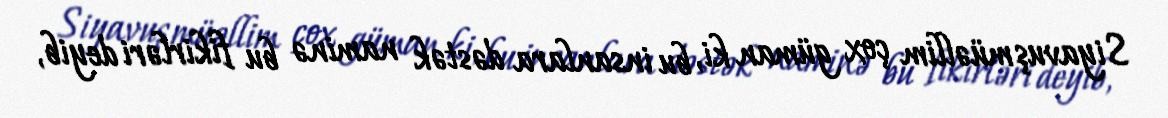
Siyavuş müəllim çox güman ki, bu insanlara dəstək naminə bu fikirləri deyib,